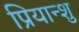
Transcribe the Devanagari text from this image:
प्रियान्शु